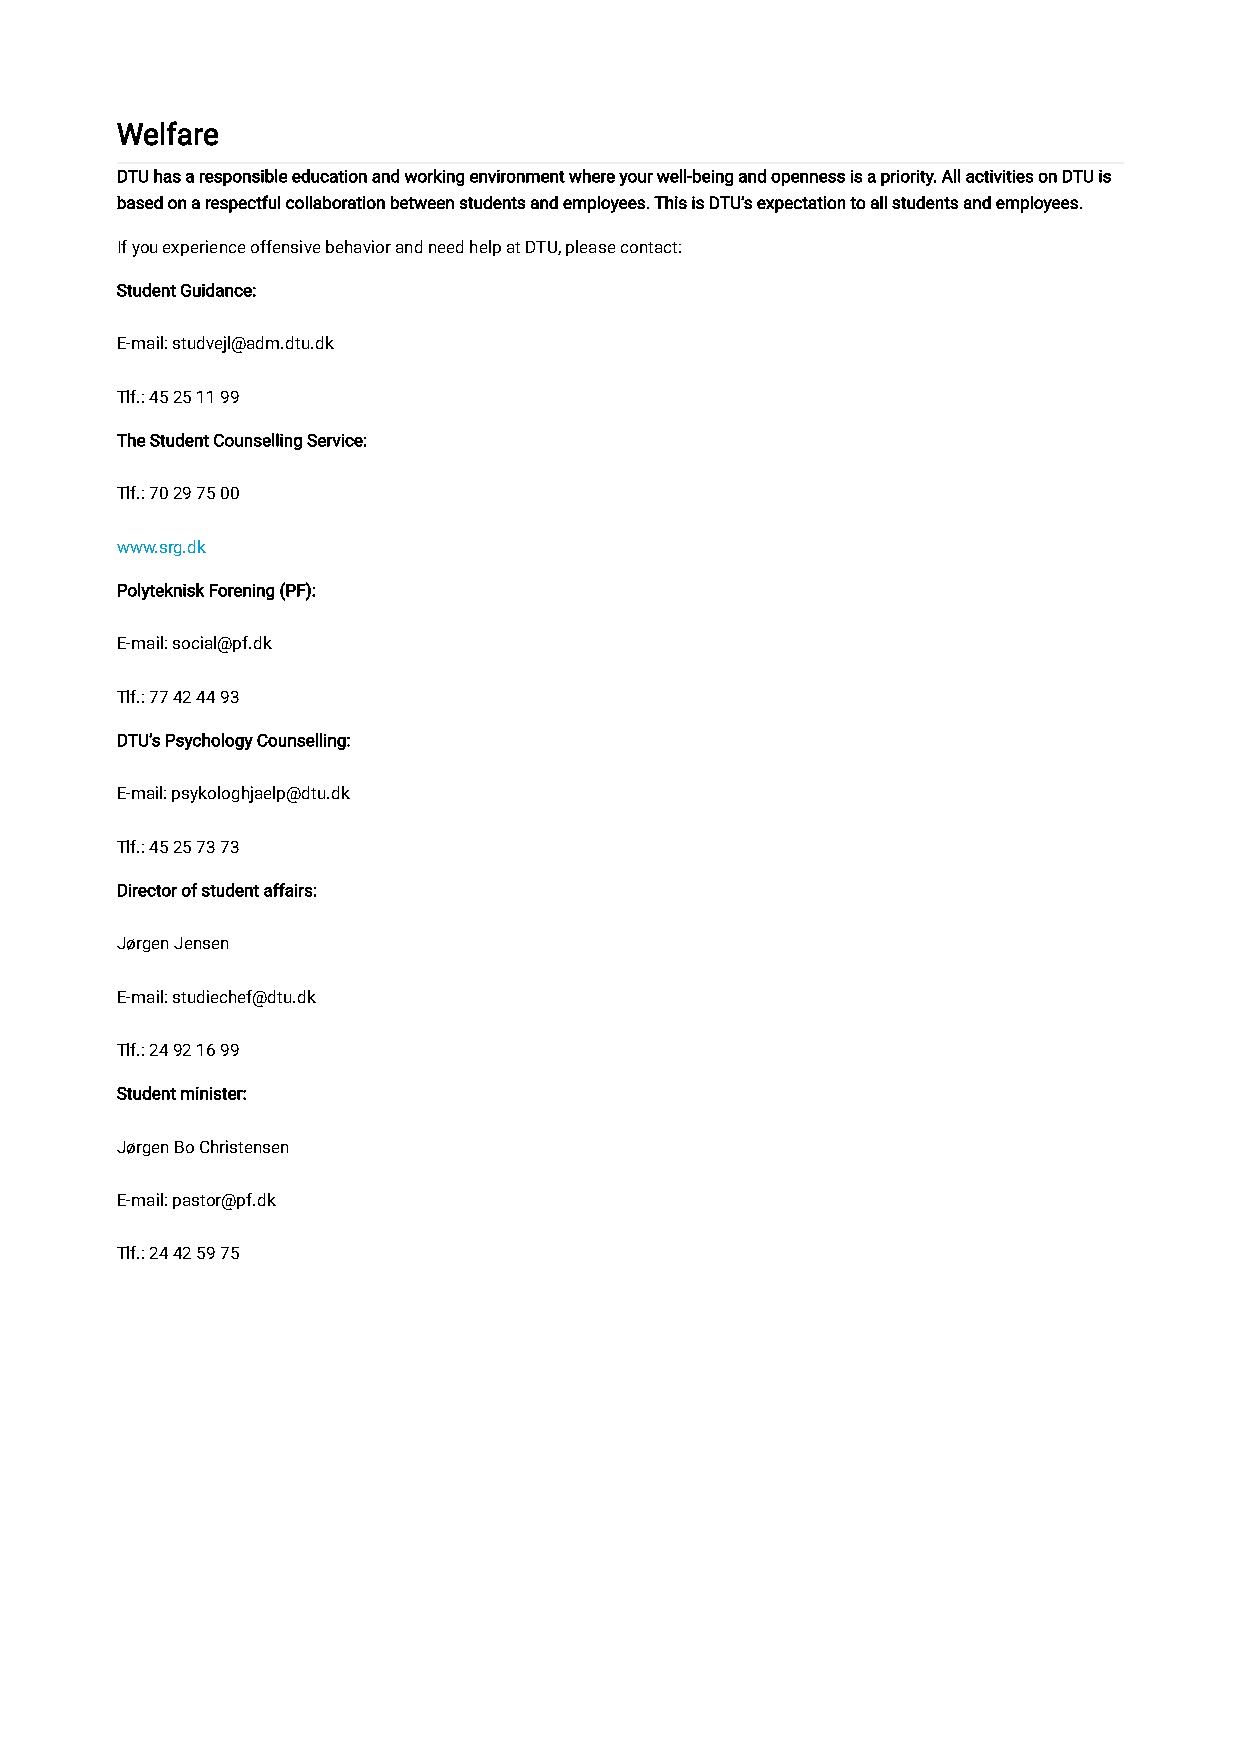
Welfare
 DTU has a responsible education and working environment where your well-being and openness is a priority. All activities on DTU is
 based on a respectful collaboration between students and employees. This is DTU’s expectation to all students and employees.
 If you experience offensive behavior and need help at DTU, please contact:
 Student Guidance:
 E-mail: studvejl@adm.dtu.dk
 Tlf.: 45 25 11 99
 The Student Counselling Service:
 Tlf.: 70 29 75 00
 www.srg.dk
 Polyteknisk Forening (PF):
 E-mail: social@pf.dk
 Tlf.: 77 42 44 93
 DTU’s Psychology Counselling:
 E-mail: psykologhjaelp@dtu.dk
 Tlf.: 45 25 73 73
 Director of student affairs:
 Jørgen Jensen
 E-mail: studiechef@dtu.dk
 Tlf.: 24 92 16 99
 Student minister:
 Jørgen Bo Christensen
 E-mail: pastor@pf.dk
 Tlf.: 24 42 59 75